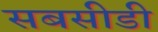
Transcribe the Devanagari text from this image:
सबसीडी